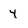
Character: 4